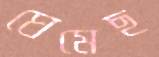
ঘেমেছ